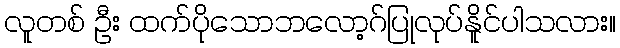
လူတစ် ဦး ထက်ပိုသောဘလော့ဂ်ပြုလုပ်နိူင်ပါသလား။